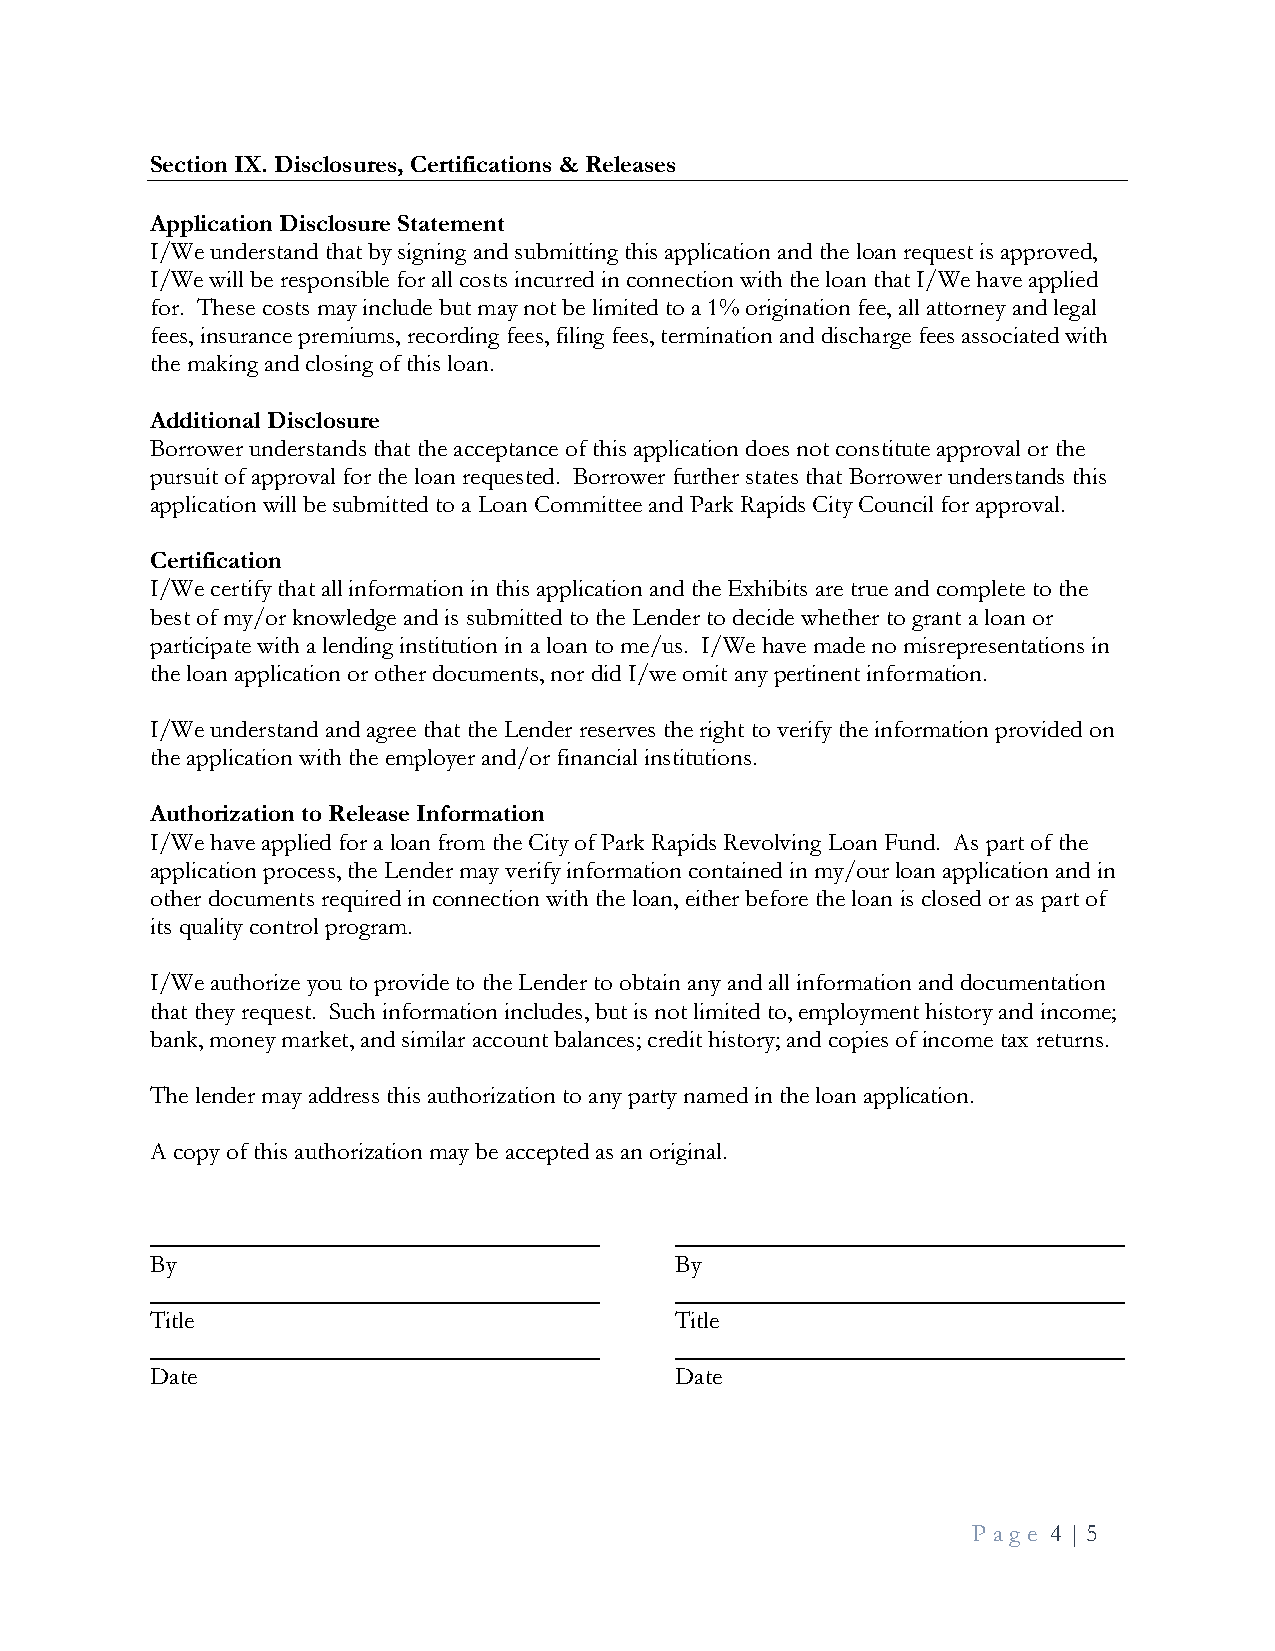
Section IX. Disclosures, Certifications & Releases
 Application Disclosure Statement
 I/We understand that by signing and submitting this application and the loan request is approved,
 I/We will be responsible for all costs incurred in connection with the loan that I/We have applied
 for. These costs may include but may not be limited to a 1% origination fee, all attorney and legal
 fees, insurance premiums, recording fees, filing fees, termination and discharge fees associated with
 the making and closing of this loan.
 Additional Disclosure
 Borrower understands that the acceptance of this application does not constitute approval or the
 pursuit of approval for the loan requested. Borrower further states that Borrower understands this
 application will be submitted to a Loan Committee and Park Rapids City Council for approval.
 Certification
 I/We certify that all information in this application and the Exhibits are true and complete to the
 best of my/or knowledge and is submitted to the Lender to decide whether to grant a loan or
 participate with a lending institution in a loan to me/us. I/We have made no misrepresentations in
 the loan application or other documents, nor did I/we omit any pertinent information.
 I/We understand and agree that the Lender reserves the right to verify the information provided on
 the application with the employer and/or financial institutions.
 Authorization to Release Information
 I/We have applied for a loan from the City of Park Rapids Revolving Loan Fund. As part of the
 application process, the Lender may verify information contained in my/our loan application and in
 other documents required in connection with the loan, either before the loan is closed or as part of
 its quality control program.
 I/We authorize you to provide to the Lender to obtain any and all information and documentation
 that they request. Such information includes, but is not limited to, employment history and income;
 bank, money market, and similar account balances; credit history; and copies of income tax returns.
 The lender may address this authorization to any party named in the loan application.
 A copy of this authorization may be accepted as an original.
 By                                 By
 Title                              Title
 Date                               Date
 Pa g e 4 | 5